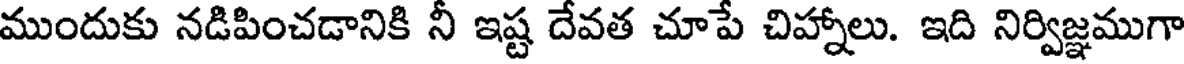
ముందుకు నడిపించడానికి నీ ఇష్ట దేవత చూపే చిహ్నాలు. ఇది నిర్విజ్ఞముగా